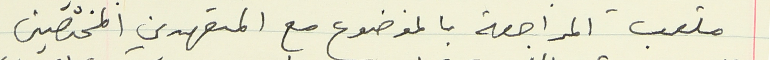
ملعب المراجعة بالموضوع مع المتعهدين المختصين